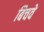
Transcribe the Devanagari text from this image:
बिचवे